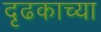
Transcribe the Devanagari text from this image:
दृढकाच्या